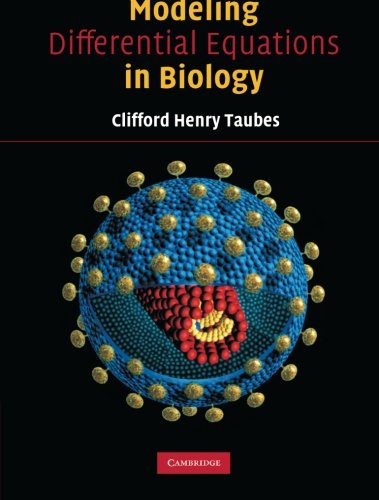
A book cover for Modelling Differential Equations in Biology; C. H. Taubes; Science & Math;